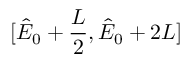
[ \hat { E } _ { 0 } + \frac { L } { 2 } , \hat { E } _ { 0 } + 2 L ]